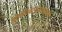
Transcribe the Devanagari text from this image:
ओषधिवरदनाममाला